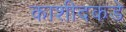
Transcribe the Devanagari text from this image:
काशीदकडे